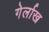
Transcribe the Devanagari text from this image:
गेर्लाख